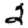
Digit: 2